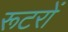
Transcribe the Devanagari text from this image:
रूटरों